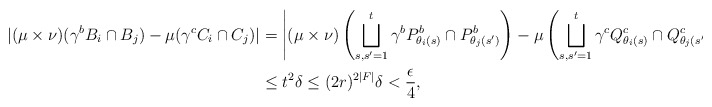
\begin{align*} |(\mu \times \nu)(\gamma^b B_i \cap B_j) - \mu(\gamma^c C_i \cap C_j)| &= \left \vert (\mu \times \nu) \left( \bigsqcup_{s,s' = 1}^t \gamma^b P^b_{\theta_i(s)} \cap P^b_{\theta_j(s')} \right) - \mu\left( \bigsqcup_{s,s' =1}^t \gamma^c Q^c_{\theta_i(s)} \cap Q^c_{\theta_j(s')} \right) \right \vert \\ & \leq t^2 \delta \leq (2r)^{2|F|} \delta < \frac{\epsilon}{4}, \end{align*}